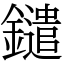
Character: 鑓